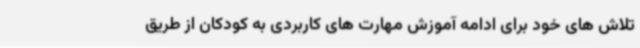
تلاش های خود برای ادامه آموزش مهارت های کاربردی به کودکان از طریق